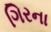
ગિરના